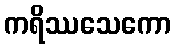
ကရိဿသေကော